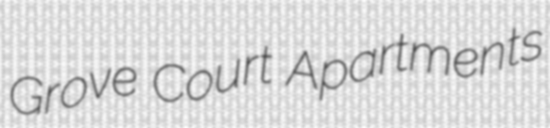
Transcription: Grove Court Apartments